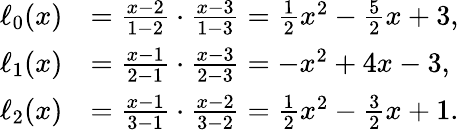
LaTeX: {\begin{array}{rl}{\ell_{0}(x)}&{={\frac{x-2}{1-2}}\cdot{\frac{x-3}{1-3}}={\frac{1}{2}}x^{2}-{\frac{5}{2}}x+3,}\\ {\ell_{1}(x)}&{={\frac{x-1}{2-1}}\cdot{\frac{x-3}{2-3}}=-x^{2}+4x-3,}\\ {\ell_{2}(x)}&{={\frac{x-1}{3-1}}\cdot{\frac{x-2}{3-2}}={\frac{1}{2}}x^{2}-{\frac{3}{2}}x+1.}\end{array}}